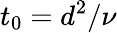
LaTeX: t_{0}=d^{2}/\nu